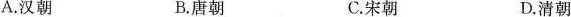
A.汉朝 B.唐朝 C.宋朝 D.清朝